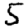
Digit: 5